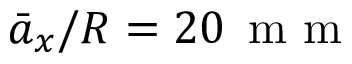
\bar { a } _ { x } / R = 2 0 \, \mathrm { ~ m ~ m ~ }